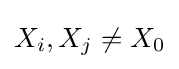
X_{i},X_{j}\neq X_{0}